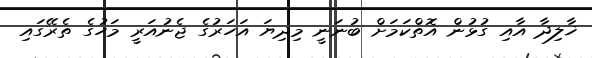
ޚާލިދާ އާއި ގުޅުން އޮތްކަމަށް ބުނަނީ މިދިޔަ އަހަރުގެ ޖެނުއަރީ މަހުގެ ތެރޭގައި